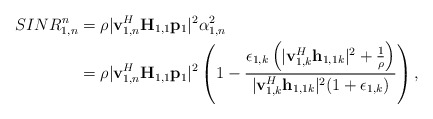
\begin{align*}SINR^n_{1,n} &= \rho |\mathbf{v}_{1,n}^H\mathbf{H}_{1,1}\mathbf{p}_1 |^2 \alpha_{1,n}^2\\ &= \rho |\mathbf{v}_{1,n}^H\mathbf{H}_{1,1}\mathbf{p}_1 |^2 \left(1- \frac{ \epsilon_{1,k}\left( |\mathbf{v}_{1,k}^H\mathbf{h}_{1,1k}|^2 +\frac{1}{\rho}\right)}{|\mathbf{v}_{1,k}^H\mathbf{h}_{1,1k}|^2 (1+\epsilon_{1,k})}\right),\end{align*}